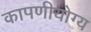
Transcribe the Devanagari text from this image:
कापणीयोग्य